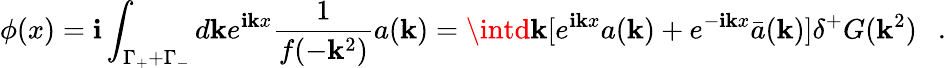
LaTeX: \phi(x)=\mathbf{i}\int_{\Gamma_{+}+\Gamma_{-}}d\mathbf{k}e^{\mathbf{i}\mathbf{k}x}\frac{{1}}{{f(-\mathbf{k}^{2})}}a(\mathbf{k})=\intd\mathbf{k}[e^{\mathbf{i}\mathbf{k}x}a(\mathbf{k})+e^{-\mathbf{i}\mathbf{k}x}\bar{{a}}(\mathbf{k})]\delta^{+}G(\mathbf{k}^{2})~~~.